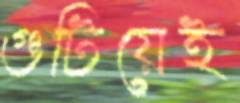
গুটিয়েই